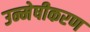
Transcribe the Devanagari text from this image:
उन्मेषीकरण